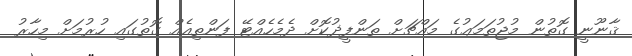
ޤާނޫނީ ގޮތުން މުޖުތަމަޢުގެ މައްޗަށް ތަންފީޛުކޮށް ދެމެހެއްޓޭ ފަންތިއެއް ގޮތުގައި ހުރުމަށް މިހާރު